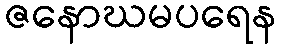
ဇနောဃမပရေန